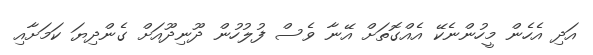
އަދި އެހެން މީހުންނެކޭ އެއްގޮތަށް އޭނާ ވެސް ފުލުހުން ދޫނިދޫއަށް ގެންދިޔަ ކަމަށާއި